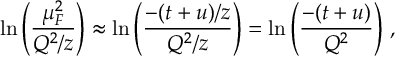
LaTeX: \ln \left( \frac { \mu _ { F } ^ { 2 } } { Q ^ { 2 } / z } \right) \approx \ln \left( \frac { - ( t + u ) / z } { Q ^ { 2 } / z } \right) = \ln \left( \frac { - ( t + u ) } { Q ^ { 2 } } \right) \, ,